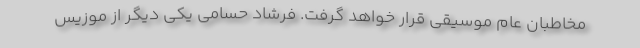
مخاطبان عام موسیقی قرار خواهد گرفت. فرشاد حسامی یکی دیگر از موزیس